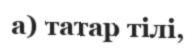
а) татар тілі,